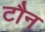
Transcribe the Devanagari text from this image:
टौन